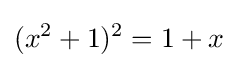
(x^{2}+1)^{2}=1+x